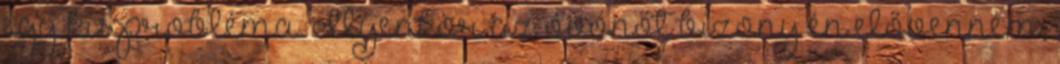
egy kis probléma. Ilyenkor az óvónőt bizony én elővenném,